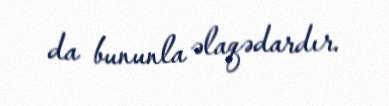
da bununla əlaqədardır.